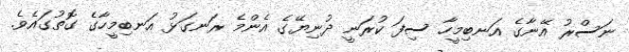
ނަސްރު އޭނާގެ އަނބިމީހާ ސިފަ ކުރަނީ ދުނިޔޭގެ އެންމެ ރަނގަޅު އަނބިމީހާގެ ގޮތުގައެވެ.